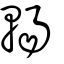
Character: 輰